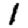
Digit: 1